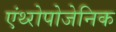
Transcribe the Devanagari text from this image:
एंथ्‍रोपोजेनिक